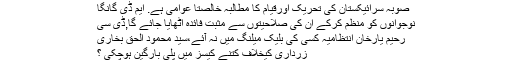
صوبہ سرائیکستان کی تحریک اورقیام کا مطالبہ خالصتا عوامی ہے. ایم ڈی گانگا
نوجوانوں کو منظم کرکے ان کی صلاحیتوں سے مثبت فائدہ اٹھایا جائے گا,ڈی سی
رحیم یارخان انتظامیہ کسی کی بلیک میلنگ میں نہ آئے،سید محمود الحق بخاری
زرداری کیخلاف کتنے کیسز میں پلی بارگین ہوچکی ؟